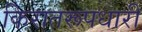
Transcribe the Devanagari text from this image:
किरातरूपधारी